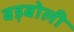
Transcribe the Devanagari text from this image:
बड़बोली